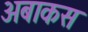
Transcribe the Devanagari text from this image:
अबाकस